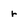
Character: r